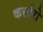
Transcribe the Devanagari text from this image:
कर्त्तारो